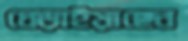
ধেড়াইয়াছেন